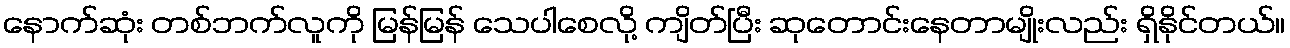
နောက်ဆုံး တစ်ဘက်လူကို မြန်မြန် သေပါစေလို့ ကျိတ်ပြီး ဆုတောင်းနေတာမျိုးလည်း ရှိနိုင်တယ်။